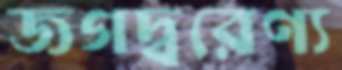
জগদ্বরেণ্য